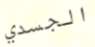
الجسدي